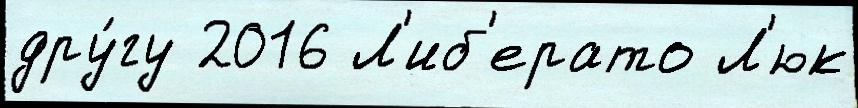
дру́гу 2016 Л'иб'ерато Л'юк